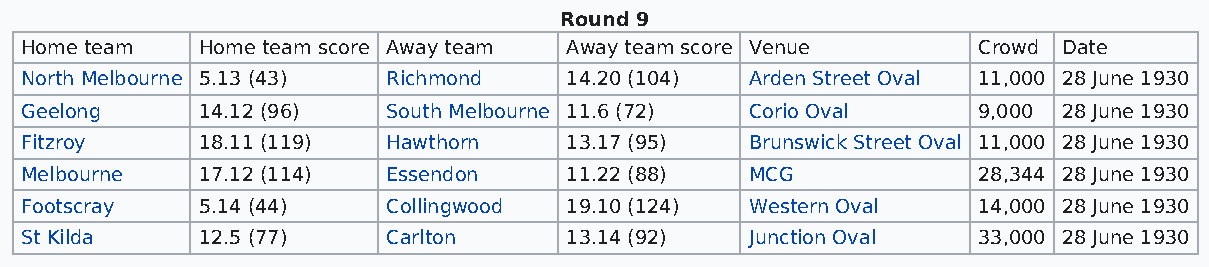
Round 9
 Home team   Home team score Away team Away team score Venue     Crowd Date
 North Melbourne 5.13 (43) Richmond  14.20 (104)  Arden Street Oval 11,000 28 June 1930
 Geelong     14.12 (96)   South Melbourne 11.6 (72) Corio Oval   9,000 28 June 1930
 Fitzroy     18.11 (119)  Hawthorn   13.17 (95)   Brunswick Street Oval 11,000 28 June 1930
 Melbourne   17.12 (114)  Essendon   11.22 (88)   MCG            28,344 28 June 1930
 Footscray   5.14 (44)    Collingwood 19.10 (124) Western Oval   14,000 28 June 1930
 St Kilda    12.5 (77)    Carlton    13.14 (92)   Junction Oval  33,000 28 June 1930